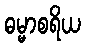
ဓမ္မာစရိယ